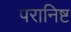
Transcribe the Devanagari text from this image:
परानिष्ट